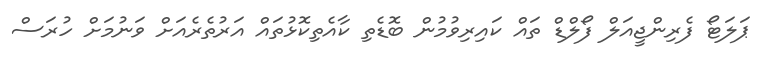
ޕަލަޓޯ ފެރިންޖީއަލް ފޯލްޑް ތައް ކައިރިވުމުން ބޮޑެތި ކާއެތިކޮޅުތައް އަރުތެރެއަށް ވަނުމަށް ހުރަސް